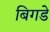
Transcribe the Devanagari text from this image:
बिगडे